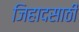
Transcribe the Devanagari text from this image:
जिहादसाठी